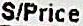
S/PRICE